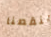
ينقصنا